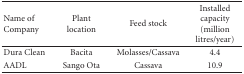
<table><thead><tr><td><b>Name of Company</b></td><td><b>Plant location</b></td><td><b>Feed stock</b></td><td><b>Installed capacity (million litres/year)</b></td></tr></thead><tbody><tr><td>Dura Clean</td><td>Bacita</td><td>Molasses/Cassava</td><td>4.4</td></tr><tr><td>AADL</td><td>Sango Ota</td><td>Cassava</td><td>10.9</td></tr></tbody></table>